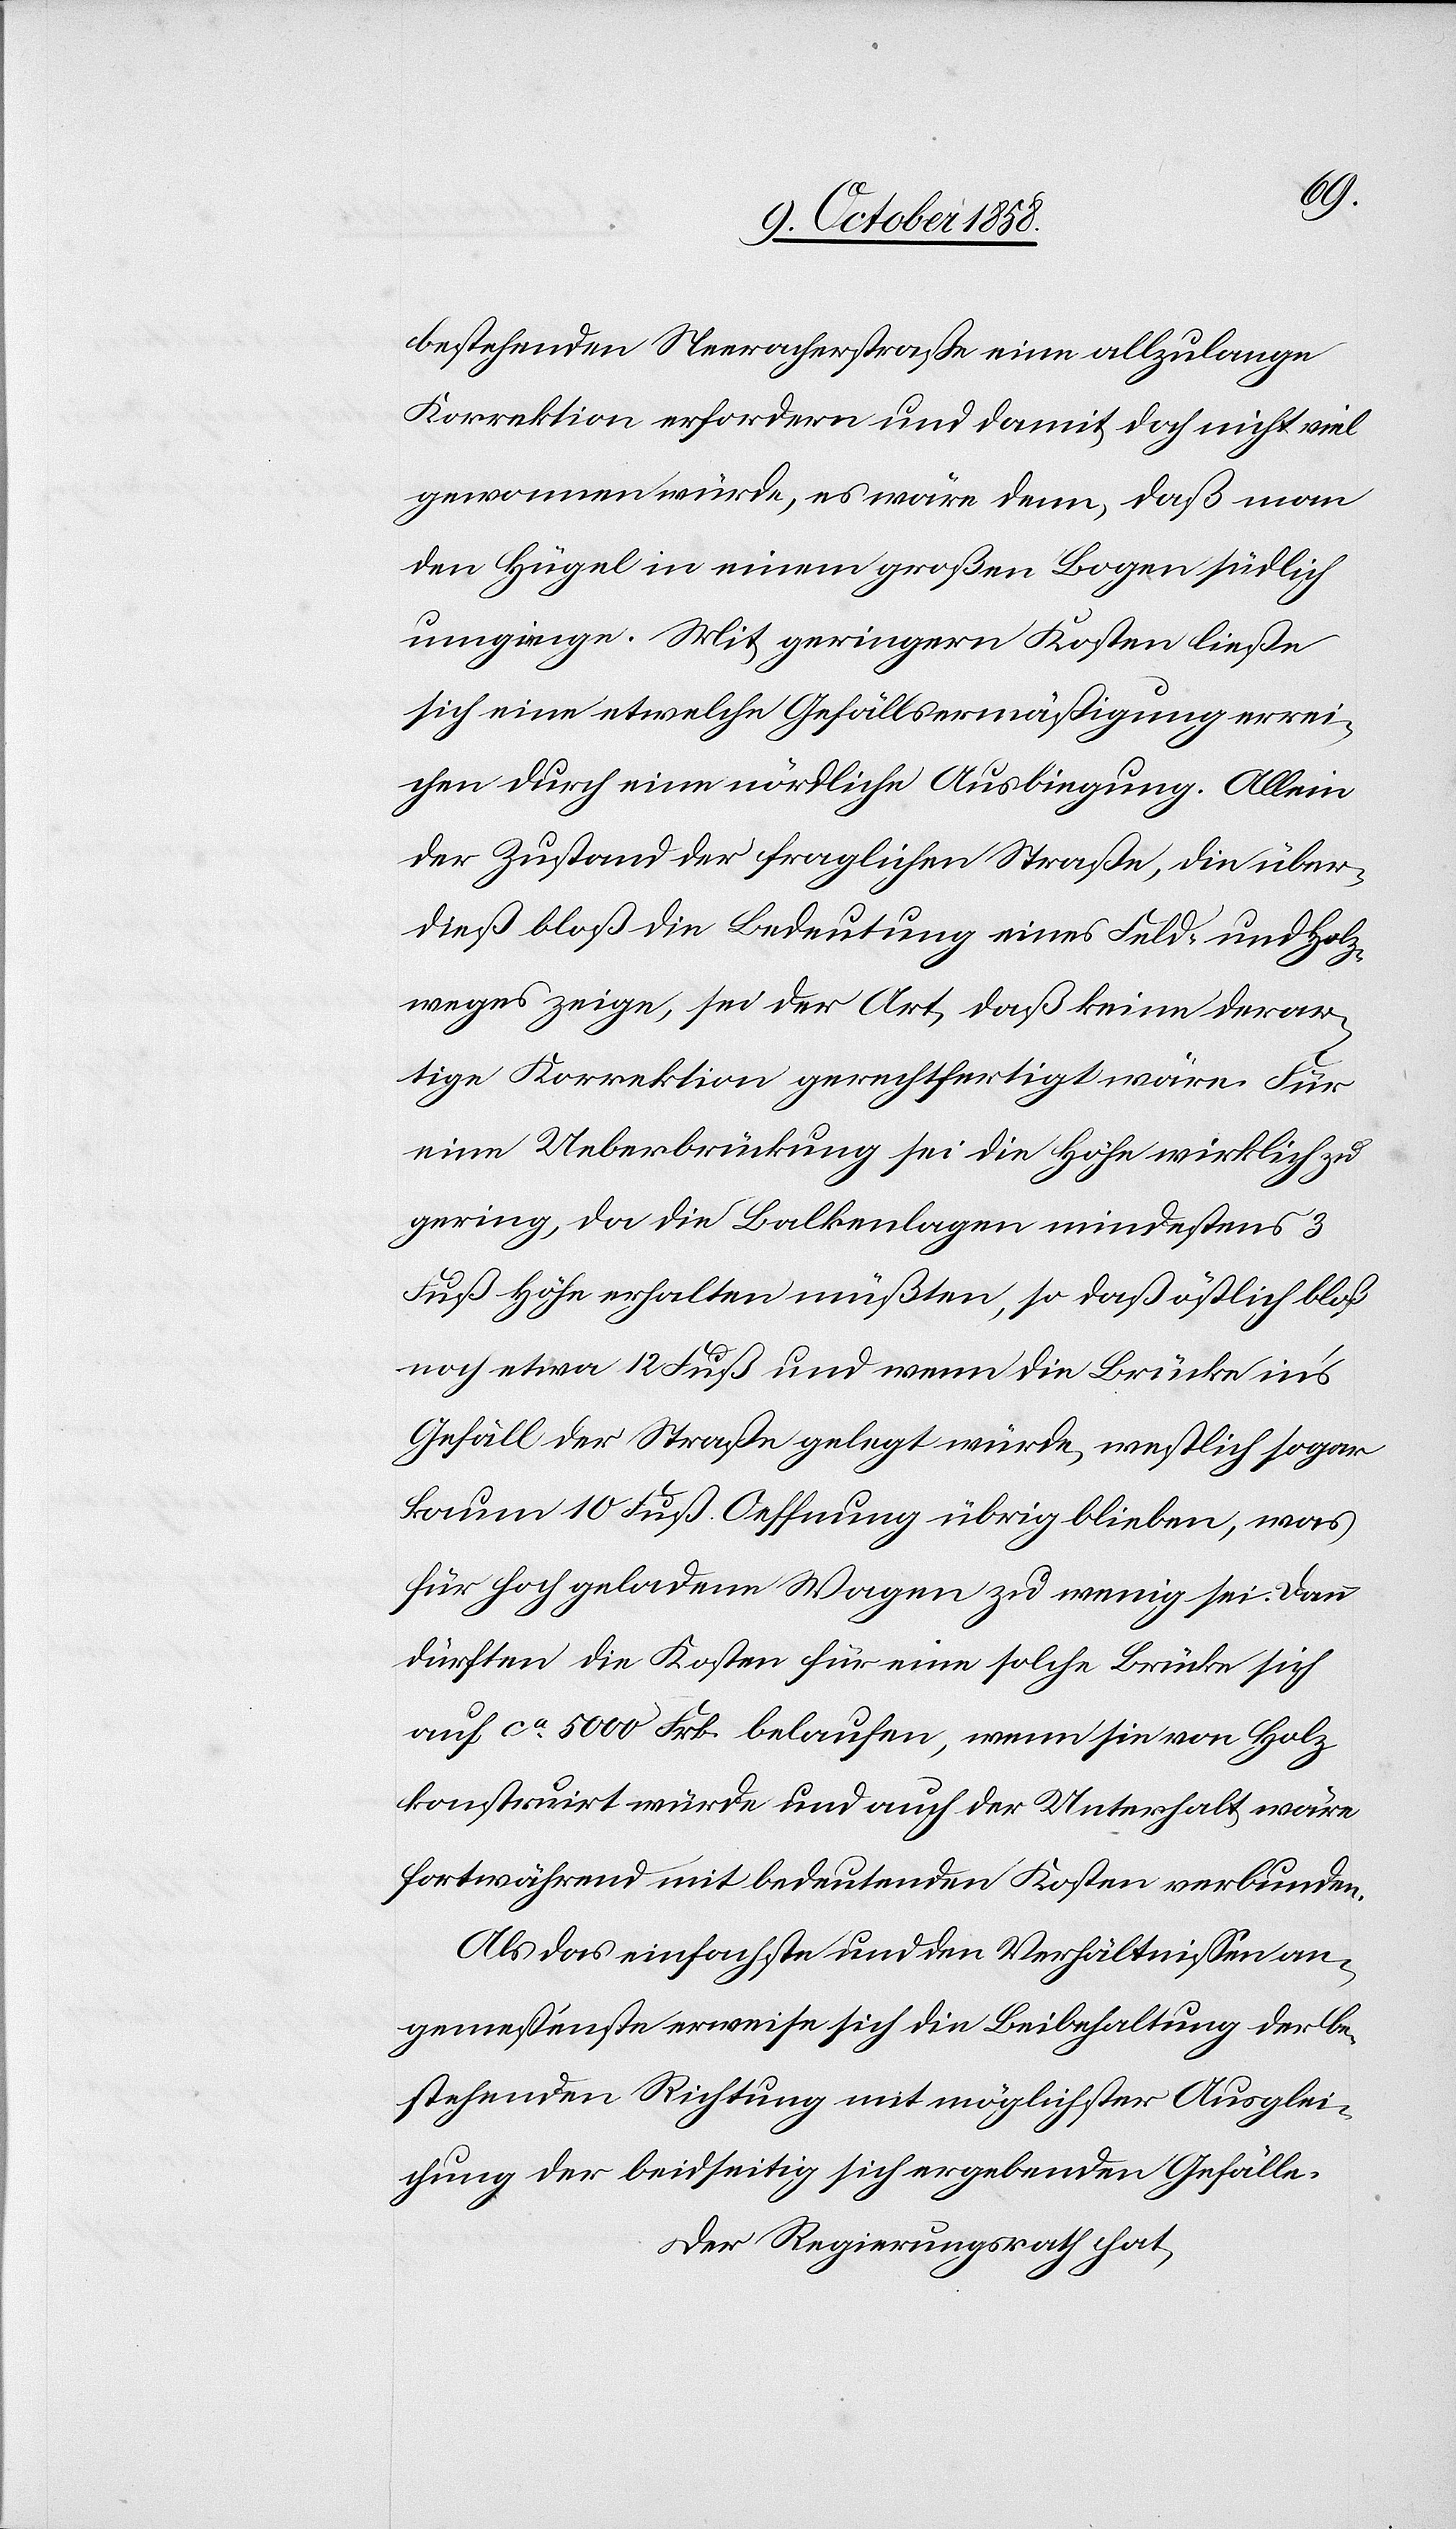
bestehenden Neeracherstraße eine allzulange
Korrektion erfordern und damit doch nicht viel
gewonnen würde, es wäre denn, daß man
den Hügel in einem großen Bogen südlich
umgienge. Mit geringern Kosten ließe
sich eine etwelche Gefällsermäßigung errei¬
chen durch eine nördliche Ausbiegung. Allein
der Zustand der fraglichen Straße, die über¬
dieß bloß die Bedeutung eines Feld- und Holz¬
weges zeige, sei der Art, daß keine derar¬
tige Korrektion gerechtfertigt wäre. Für
eine Ueberbrückung sei die Höhe wirklich zu
gering, da die Balkenlagen mindestens 3
Fuß Höhe erhalten müßten, so daß östlich bloß
noch etwa 12 Fuß und wenn die Brücke in’s
Gefäll der Straße gelegt würde, westlich sogar
kaum 10 Fuß Oeffnung übrig blieben, was
für hoch geladene Wagen zu wenig sei. Dann
dürften die Kosten für eine solche Brücke sich
auf ca. 5000 Frk. belaufen, wenn sie von Holz
konstruirt würde und auch der Unterhalt wäre
fortwährend mit bedeutenden Kosten verbunden.
Als das einfachste und den Verhältnissen an¬
gemeßenste erweise sich die Beibehaltung der be¬
stehenden Richtung mit möglichster Ausglei¬
chung der beidseitig sich ergebenden Gefälle.
Der Regierungsrath hat,